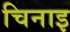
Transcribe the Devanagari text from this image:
चिनाइ